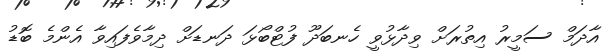
އާދަމް ސަމީރު އިތުރަށް ވިދާޅުވީ ހެނބަދޫ ފުޓްބޯޅަ ދަނޑަށް ދިމާވެފައިވާ އެންމެ ބޮޑު